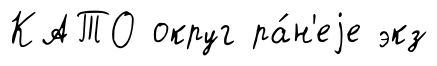
КАТО округ ра́н'еjе экз